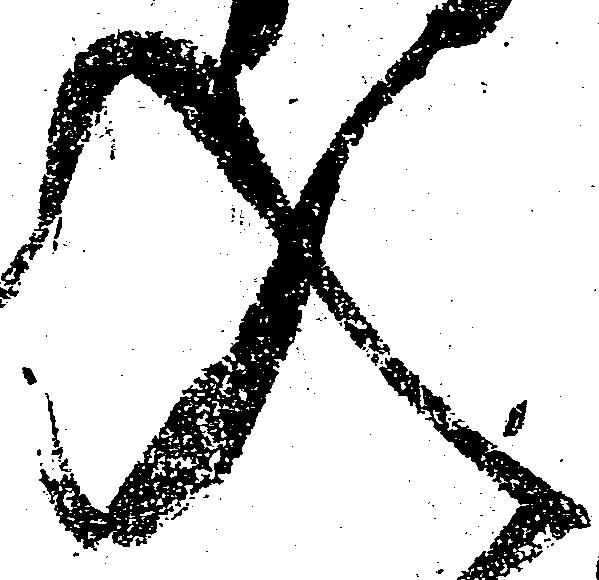
入